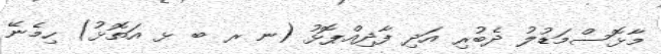
މާޅޮސްމަޑުލު ދެބުރި އަދި ފާދިއްޕޮޅު (ނ ރ ބ ޅ އަތޮޅު) ހިމެނޭ